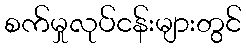
စက်မှုလုပ်ငန်းများတွင်